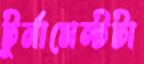
টুর্নামেন্টটা